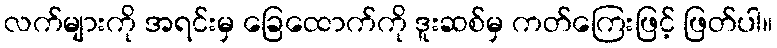
လက်များကို အရင်းမှ ခြေထောက်ကို ဒူးဆစ်မှ ကတ်ကြေးဖြင့် ဖြတ်ပါ။